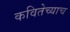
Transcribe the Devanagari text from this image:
कवितेच्याच